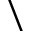
\backslash